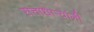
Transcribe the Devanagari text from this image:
सत्ताधार्‍यांनी